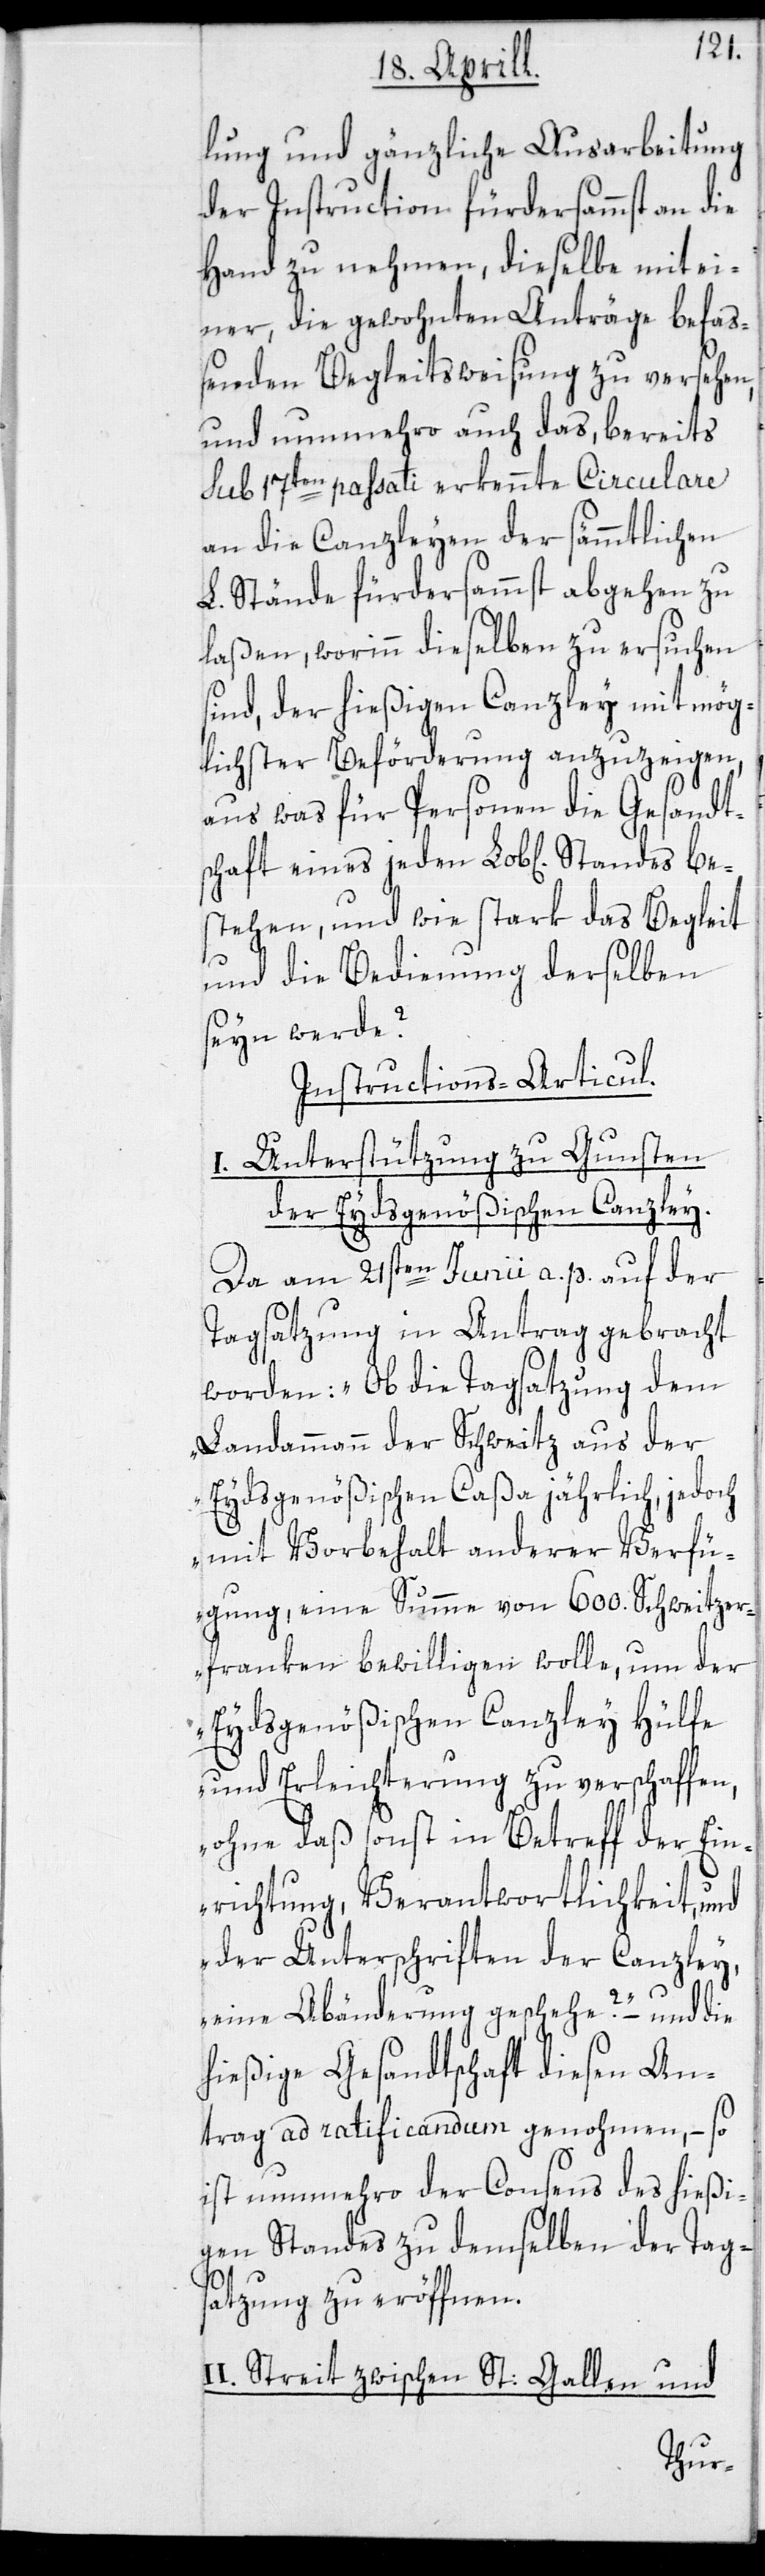
lung und gänzliche Ausarbeitung
der Instruction fürdersammst an die
Hand zu nehmen, dieselbe mit ei¬
ner, die gewohnten Anträge befas¬
senden Begleitsweisung zu versehen,
und nunmehro auch das, bereits
sub 17ten passati erkennte Circulare
an die Canzleyen der sämmtlichen
L. Stände fürdersammst abgehen zu
laßen, worinn dieselben zu ersuchen
sind, der hießigen Canzley mit mög¬
lichster Beförderung anzuzeigen,
aus was für Personen die Gesandt¬
schaft eines jeden Lob[lichen] Standes be¬
stehen, und wie stark das Begleit
und die Bedienung derselben
seyn werde?
Instructions-Articul.
I. Unterstützung zu Gunsten
der Eydsgenößischen Canzley.
Da am 21sten Junii a. p. auf der
Tagsatzung in Antrag gebracht
worden: „Ob die Tagsatzung dem
Landammann der Schweitz aus der
Eydsgenößischen Caßa jährlich, jedoch
mit Vorbehalt anderer Verfü¬
gung, eine Summe von 600. Schweitzer¬
franken bewilligen wolle, um der
Eydsgenößischen Canzley Hülfe
und Erleichterung zu verschaffen,
ohne daß sonst in Betreff der Ein¬
richtung, Verantwortlichkeit, und
der Unterschriften der Canzley,
eine Abänderung geschehe?“ – und die
hießige Gesandtschaft diesen An¬
trag ad ratificandum genohmen, – so
ist nunmehro der Consens des hießi¬
gen Standes zu demselben der Tag¬
satzung zu eröffnen.
II. Streit zwischen St: Gallen und